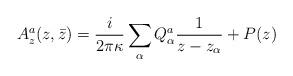
LaTeX: \begin{align*}A^a_z (z, \bar z) = {i\over 2\pi \kappa}\sum_\alpha Q^a_\alpha{1\over z -z_\alpha}+P(z)\end{align*}